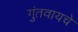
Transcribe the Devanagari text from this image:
गुंतवायचे